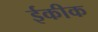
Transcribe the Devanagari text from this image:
ईकीक